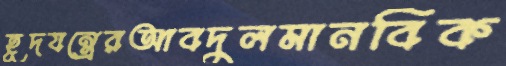
হূদযন্ত্রেরআবদুলমানবিক